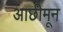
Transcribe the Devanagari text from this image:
आछीमून